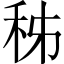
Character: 秭